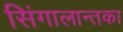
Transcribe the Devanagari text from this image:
सिंगालान्तका